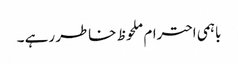
باہمی احترام ملحوظ خاطر رہے ۔